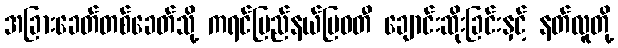
အခြားခေတ်တစ်ခေတ်သို့ ကရင်ပြည်နယ်မြဝတီ ချောင်းဆိုးခြင်းနှင့် နတ်လူတို့